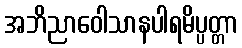
အဘိညာဝေါသာနပါရမိပ္ပတ္တာ